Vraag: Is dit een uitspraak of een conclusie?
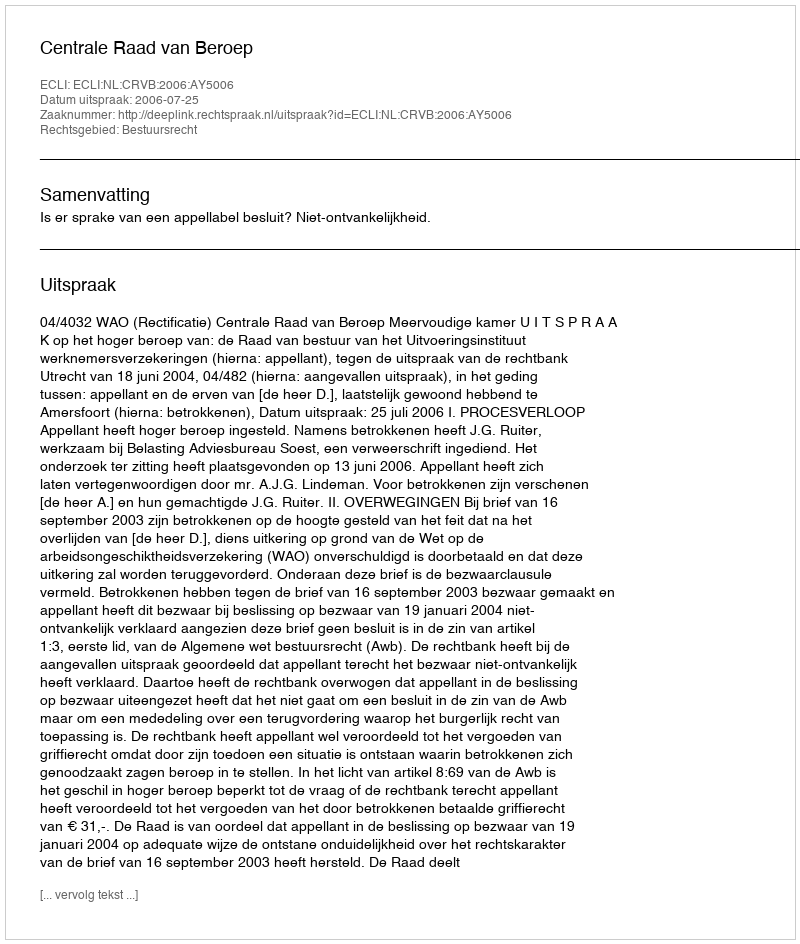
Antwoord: Uitspraak